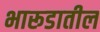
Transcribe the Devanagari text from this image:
भारूडातील